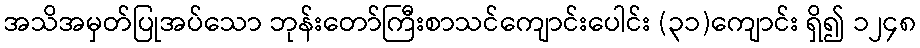
အသိအမှတ်ပြုအပ်သော ဘုန်းတော်ကြီးစာသင်ကျောင်းပေါင်း (၃၁)ကျောင်း ရှိ၍ ၁၂၄၈